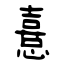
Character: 憙